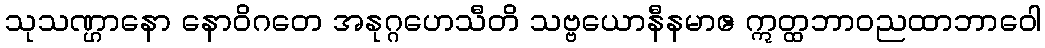
သုသဏ္ဌာနော နောဝိဂတေ အနုဂ္ဂဟေသီတိ သဗ္ဗယောနီနမာဧ ဣတ္ထဘာဝညထာဘာဝေါ